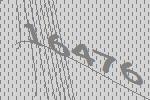
16476